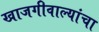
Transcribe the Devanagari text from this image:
खाजगीवाल्यांचा